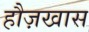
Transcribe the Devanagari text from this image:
हौज़खास